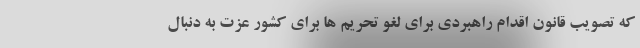
که تصویب قانون اقدام راهبردی برای لغو تحریم ها برای کشور عزت به دنبال